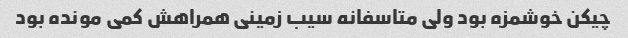
چیکن خوشمزه بود ولی متاسفانه سیب زمینی همراهش کمی مونده بود